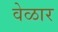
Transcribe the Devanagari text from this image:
वेळार